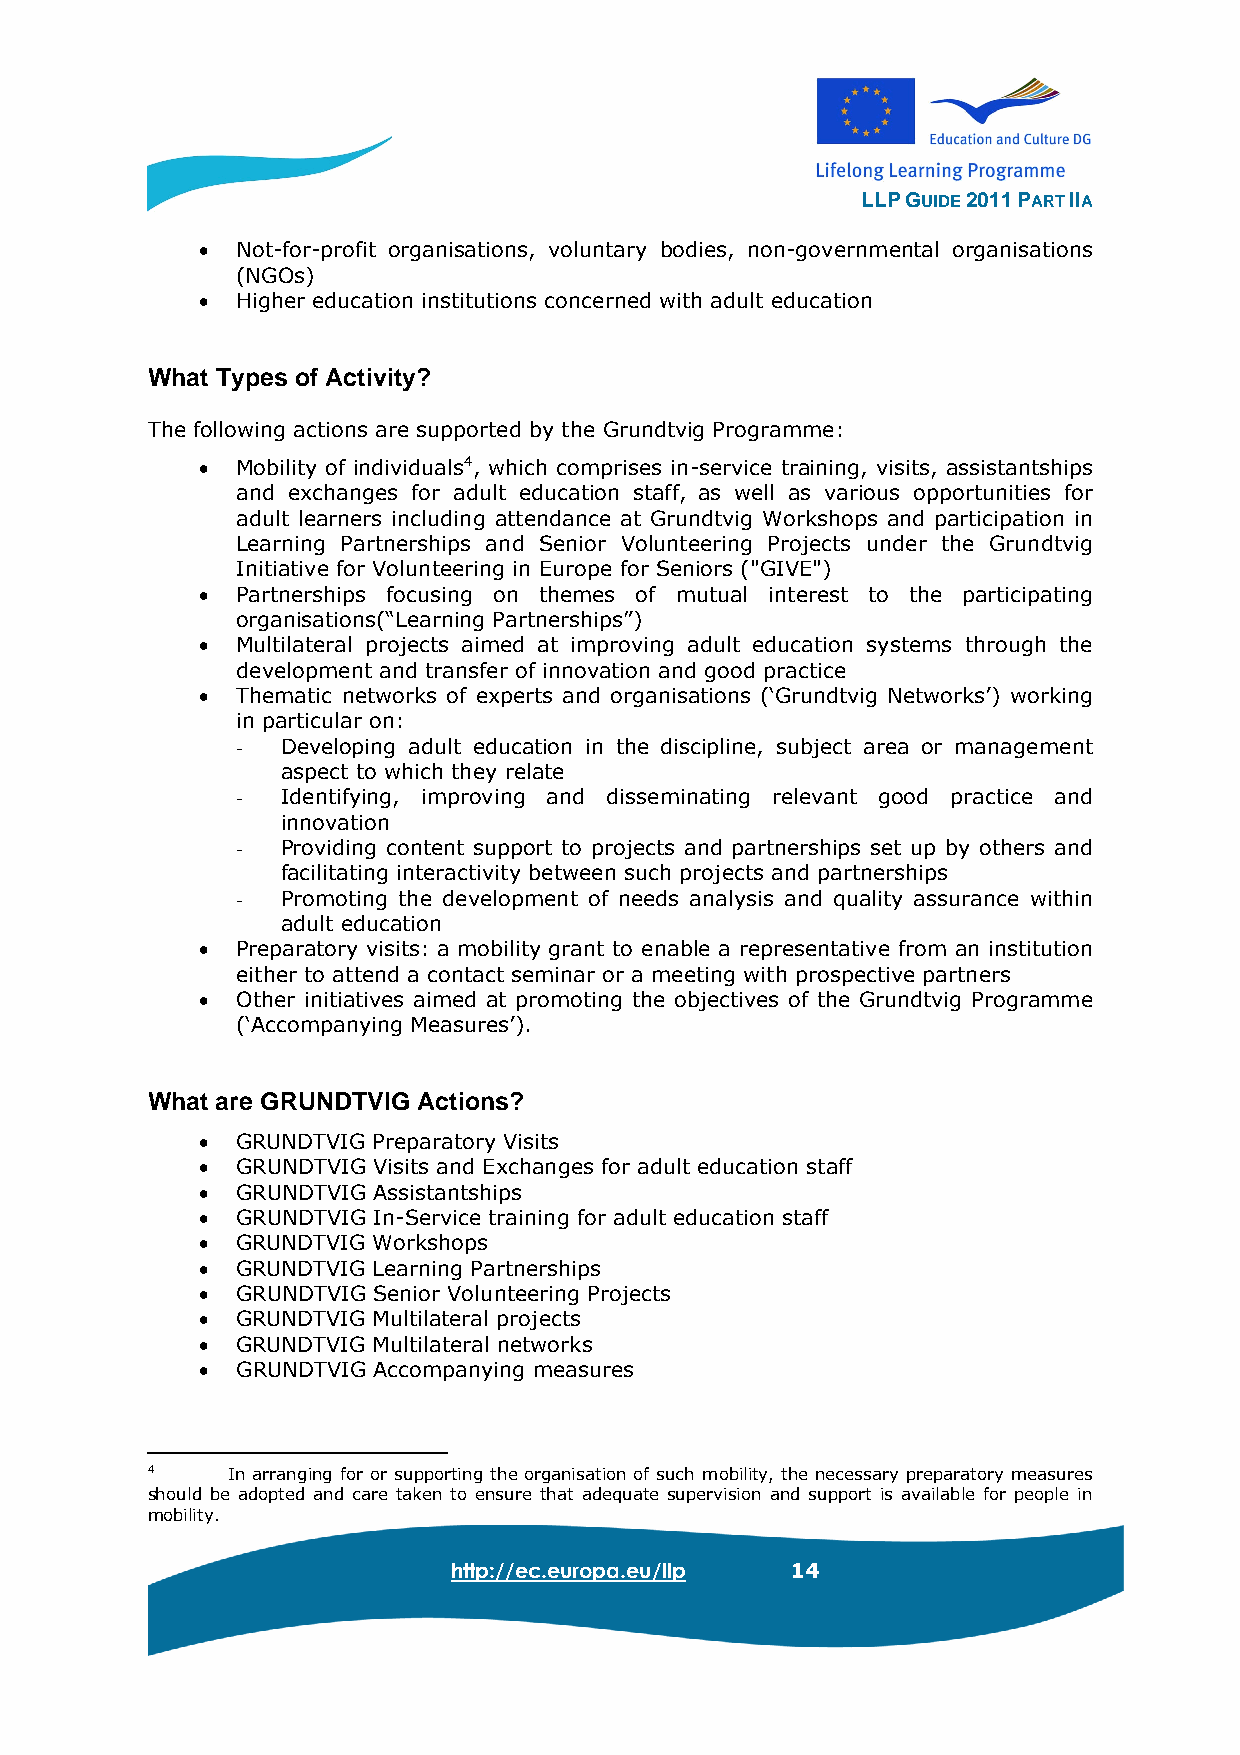
LLP GUIDE 2011 PART IIA
 •  Not-for-profit organisations, voluntary bodies, non-governmental organisations
 (NGOs)
 •  Higher education institutions concerned with adult education
 What Types of Activity?
 The following actions are supported by the Grundtvig Programme:
 •  Mobility of individuals4, which comprises in-service training, visits, assistantships
 and exchanges for adult education staff, as well as various opportunities for
 adult learners including attendance at Grundtvig Workshops and participation in
 Learning Partnerships and Senior Volunteering Projects under the Grundtvig
 Initiative for Volunteering in Europe for Seniors ("GIVE")
 •  Partnerships focusing on themes of mutual interest to the participating
 organisations(“Learning Partnerships”)
 •  Multilateral projects aimed at improving adult education systems through the
 development and transfer of innovation and good practice
 •  Thematic networks of experts and organisations (‘Grundtvig Networks’) working
 in particular on:
 -  Developing adult education in the discipline, subject area or management
 aspect to which they relate
 -  Identifying, improving and disseminating relevant good practice and
 innovation
 -  Providing content support to projects and partnerships set up by others and
 facilitating interactivity between such projects and partnerships
 -  Promoting the development of needs analysis and quality assurance within
 adult education
 •  Preparatory visits: a mobility grant to enable a representative from an institution
 either to attend a contact seminar or a meeting with prospective partners
 •  Other initiatives aimed at promoting the objectives of the Grundtvig Programme
 (‘Accompanying Measures’).
 What are GRUNDTVIG Actions?
 •  GRUNDTVIG Preparatory Visits
 •  GRUNDTVIG Visits and Exchanges for adult education staff
 •  GRUNDTVIG Assistantships
 •  GRUNDTVIG In-Service training for adult education staff
 •  GRUNDTVIG Workshops
 •  GRUNDTVIG Learning Partnerships
 •  GRUNDTVIG Senior Volunteering Projects
 •  GRUNDTVIG Multilateral projects
 •  GRUNDTVIG Multilateral networks
 •  GRUNDTVIG Accompanying measures
 4    In arranging for or supporting the organisation of such mobility, the necessary preparatory measures
 should be adopted and care taken to ensure that adequate supervision and support is available for people in
 mobility.
 http://ec.europa.eu/llp 14